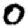
Digit: 0